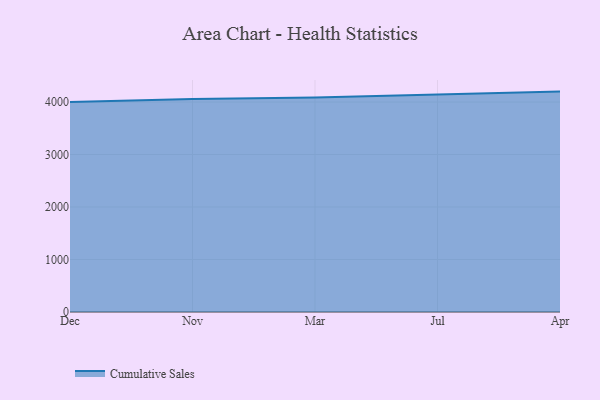
{"axis": {"x": "Month", "y": "Gross Profit (USD K)"}, "legend": ["Cumulative Sales"], "data": [{"x": "Dec", "y": 4002.7, "type": "Cumulative Sales"}, {"x": "Nov", "y": 4055.7, "type": "Cumulative Sales"}, {"x": "Mar", "y": 4085.1, "type": "Cumulative Sales"}, {"x": "Jul", "y": 4141.6, "type": "Cumulative Sales"}, {"x": "Apr", "y": 4199.0, "type": "Cumulative Sales"}]}